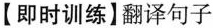
【即时训练】翻译句子